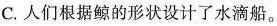
C.人们根据鲸的形状设计了水滴船。